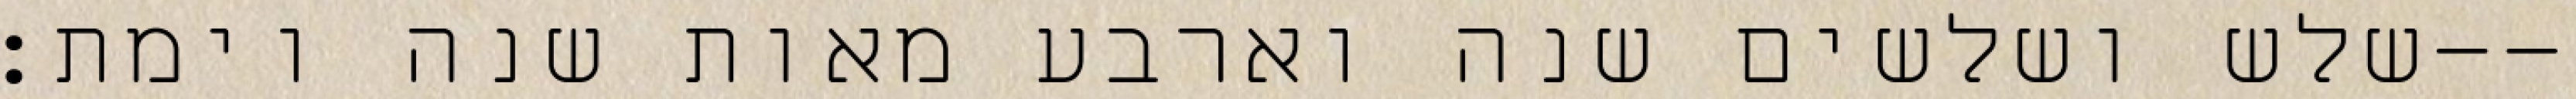
שלש ושלשים שנה וארבע מאות שנה וימת׃--